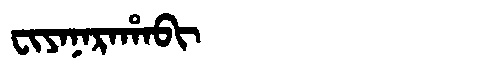
Manchu: ᠸᡳᠶᠠᠨᠠᡵᠠᡥᠠᠪᡳ
Romanization: FIYANARAHABI